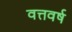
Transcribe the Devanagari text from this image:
वत्तवर्ष